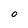
Character: 0